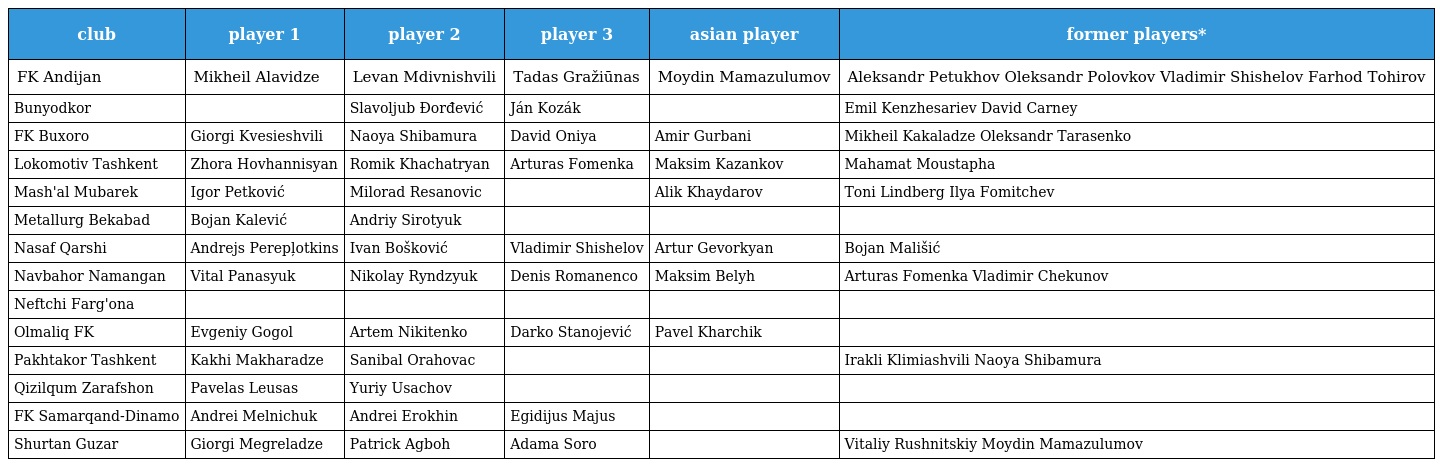
| club | player 1 | player 2 | player 3 | asian player | former players* |
 | --- | --- | --- | --- | --- | --- |
 | FK Andijan | Mikheil Alavidze | Levan Mdivnishvili | Tadas Gražiūnas | Moydin Mamazulumov | Aleksandr Petukhov Oleksandr Polovkov Vladimir Shishelov Farhod Tohirov |
 | Bunyodkor |  | Slavoljub Đorđević | Ján Kozák |  | Emil Kenzhesariev David Carney |
 | FK Buxoro | Giorgi Kvesieshvili | Naoya Shibamura | David Oniya | Amir Gurbani | Mikheil Kakaladze Oleksandr Tarasenko |
 | Lokomotiv Tashkent | Zhora Hovhannisyan | Romik Khachatryan | Arturas Fomenka | Maksim Kazankov | Mahamat Moustapha |
 | Mash'al Mubarek | Igor Petković | Milorad Resanovic |  | Alik Khaydarov | Toni Lindberg Ilya Fomitchev |
 | Metallurg Bekabad | Bojan Kalević | Andriy Sirotyuk |  |  |  |
 | Nasaf Qarshi | Andrejs Perepļotkins | Ivan Bošković | Vladimir Shishelov | Artur Gevorkyan | Bojan Mališić |
 | Navbahor Namangan | Vital Panasyuk | Nikolay Ryndzyuk | Denis Romanenco | Maksim Belyh | Arturas Fomenka Vladimir Chekunov |
 | Neftchi Farg'ona |  |  |  |  |  |
 | Olmaliq FK | Evgeniy Gogol | Artem Nikitenko | Darko Stanojević | Pavel Kharchik |  |
 | Pakhtakor Tashkent | Kakhi Makharadze | Sanibal Orahovac |  |  | Irakli Klimiashvili Naoya Shibamura |
 | Qizilqum Zarafshon | Pavelas Leusas | Yuriy Usachov |  |  |  |
 | FK Samarqand-Dinamo | Andrei Melnichuk | Andrei Erokhin | Egidijus Majus |  |  |
 | Shurtan Guzar | Giorgi Megreladze | Patrick Agboh | Adama Soro |  | Vitaliy Rushnitskiy Moydin Mamazulumov |